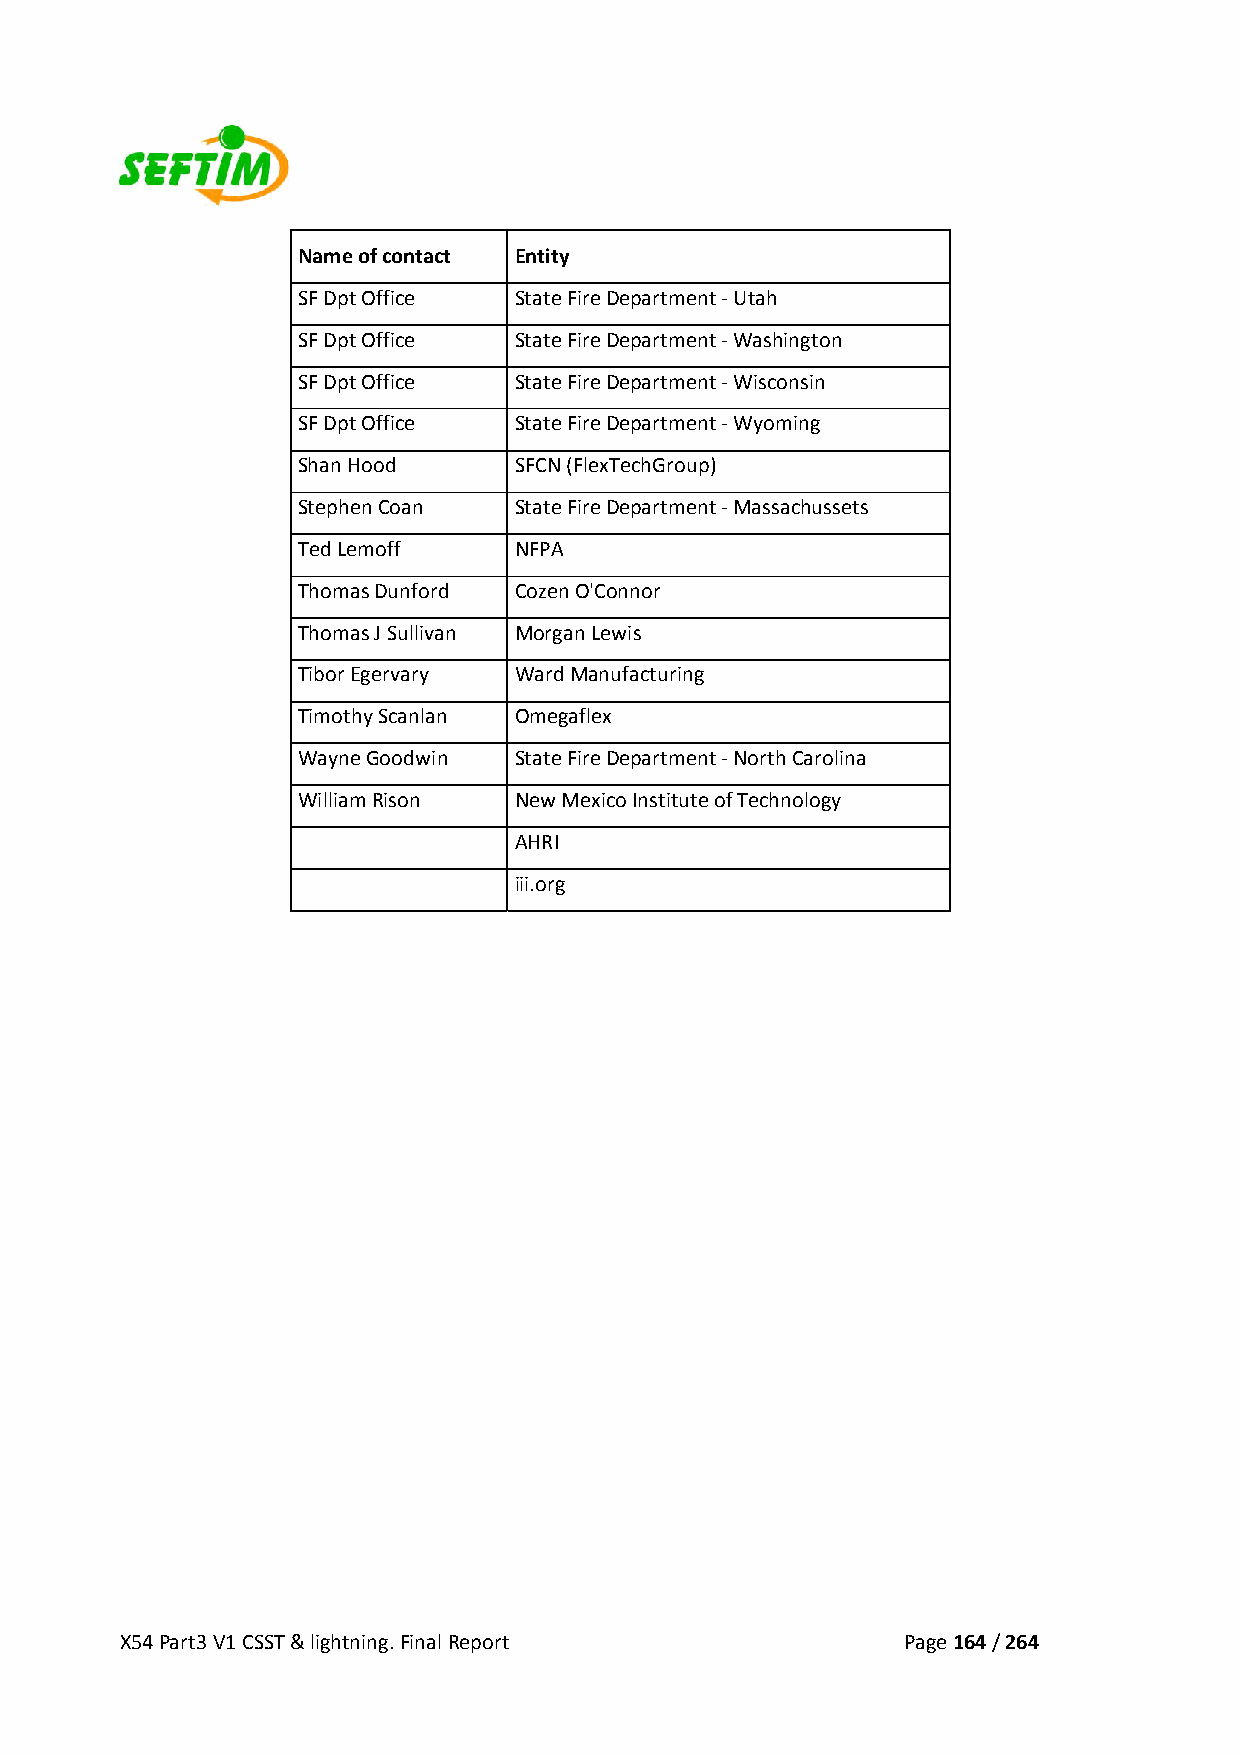
Name of contact Entity
 SF Dpt Office State Fire Department ‐ Utah
 SF Dpt Office State Fire Department ‐ Washington
 SF Dpt Office State Fire Department ‐ Wisconsin
 SF Dpt Office State Fire Department ‐ Wyoming
 Shan Hood     SFCN (FlexTechGroup)
 Stephen Coan  State Fire Department ‐ Massachussets
 Ted Lemoff    NFPA
 Thomas Dunford Cozen O'Connor
 Thomas J Sullivan Morgan Lewis
 Tibor Egervary Ward Manufacturing
 Timothy Scanlan Omegaflex
 Wayne Goodwin State Fire Department ‐ North Carolina
 William Rison New Mexico Institute of Technology
 AHRI
 iii.org
 X54 Part3 V1 CSST & lightning. Final Report         Page 164 / 264